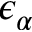
\epsilon _ { \alpha }